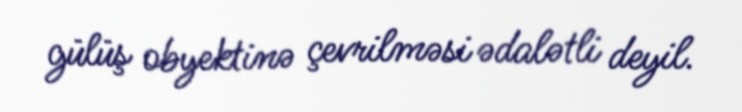
gülüş obyektinə çevrilməsi ədalətli deyil.